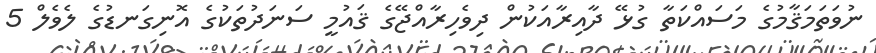
ނުވަތަމަޤާމުގެ މަސައްކަތާ ގުޅޭ ދާއިރާއަކުން ދިވެހިރާއްޖޭގެ ޤައުމީ ސަނަދުތަކުގެ އޮނިގަނޑުގެ ލެވެލް 5